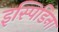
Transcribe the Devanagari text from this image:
इस्पिडिना